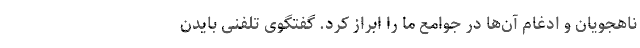
ناهجویان و ادغام آن‌ها در جوامع ما را ابراز کرد. گفتگوی تلفنی بایدن